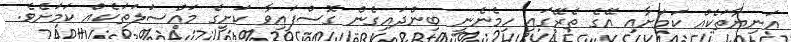
އަނިޔާތަކެއް ކަމަށާއި އޭގެ ތެރޭގައި ހިމެނެނީ ބިންދައިގެން ގޮސްފައިވާ ކަށީގެ މައްސަލަތަކެއް ކަމަށެވެ.